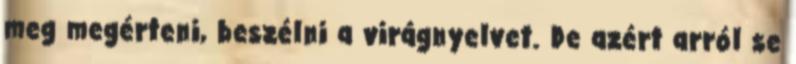
meg megérteni, beszélni a virágnyelvet. De azért arról se